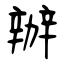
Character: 辦